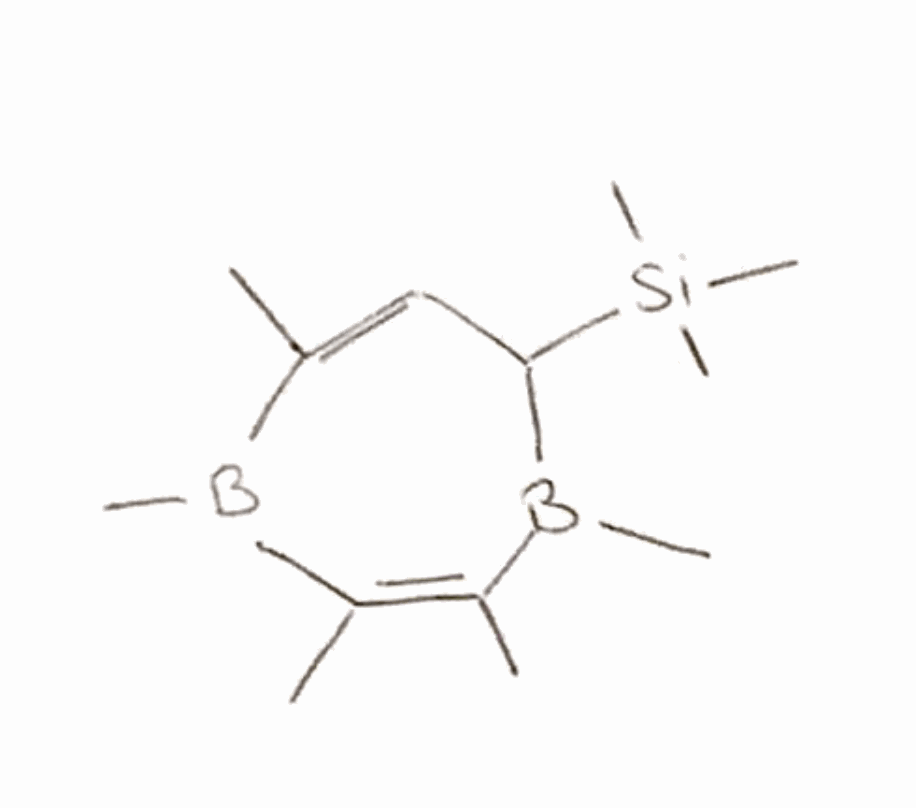
Simplified molecular-input line-entry system (SMILES) notation of the given molecule:
B1(C(C=C(B(C(=C1C)C)C)C)[Si](C)(C)C)C